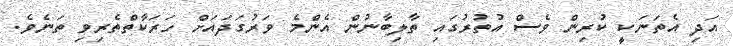
އަދި އެތަނަކީ ކުރިން ވެސް އުތުރުގައި ތާލިބާނުން އެންމެ ވަރުގަދައަށް ހަރަކާތްތެރިވި ތަނެވެ.